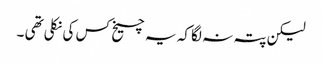
لیکن پتہ نہ لگا کہ یہ چیخ کس کی نکلی تھی ۔